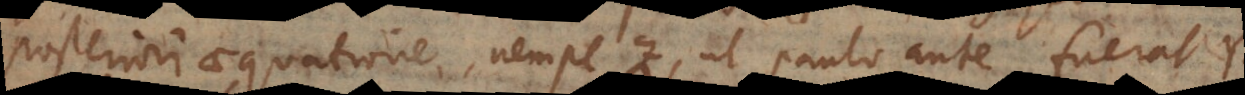
posteriori aequatione, nempe Z, ut paulo ante fuerat Y.